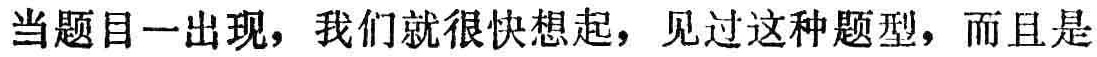
当题目一出现，我们就很快想起，见过这种题型，而且是